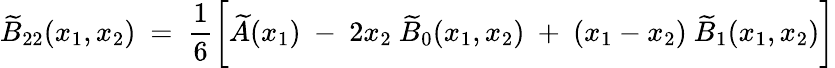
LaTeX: \widetilde{B}_{22}(x_{1},x_{2})~=~\frac{1}{6}\bigg[\widetilde{A}(x_{1})~-~2x_{2}~\widetilde{B}_{0}(x_{1},x_{2})~+~(x_{1}-x_{2})~\widetilde{B}_{1}(x_{1},x_{2})\bigg]